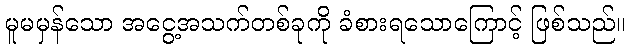
မူမမှန်သော အငွေ့အသက်တစ်ခုကို ခံစားရသောကြောင့် ဖြစ်သည်။